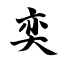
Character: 奕